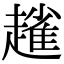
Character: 𧽟